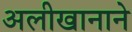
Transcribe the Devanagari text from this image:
अलीखानाने